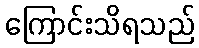
ကြောင်းသိရသည်